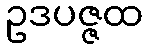
ဥဒပဇ္ဇထ